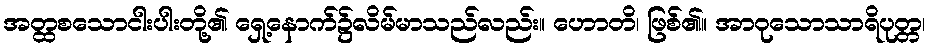
အတ္ထစသောငါးပါးတို့၏ ရှေ့နောက်၌လိမ်မာသည်လည်း။ ဟောတိ၊ ဖြစ်၏။ အာဝုသောသာရိပုတ္တ၊